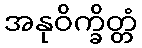
အနုဝိက္ခိတ္တံ